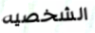
الشخصيه